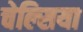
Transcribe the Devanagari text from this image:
चेल्‍िसया